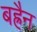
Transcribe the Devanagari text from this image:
बह्रैन